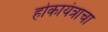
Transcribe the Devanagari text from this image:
होकायंत्राचा